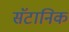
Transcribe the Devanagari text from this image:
सॅटानिक